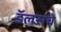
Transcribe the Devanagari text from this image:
डॅलसचे